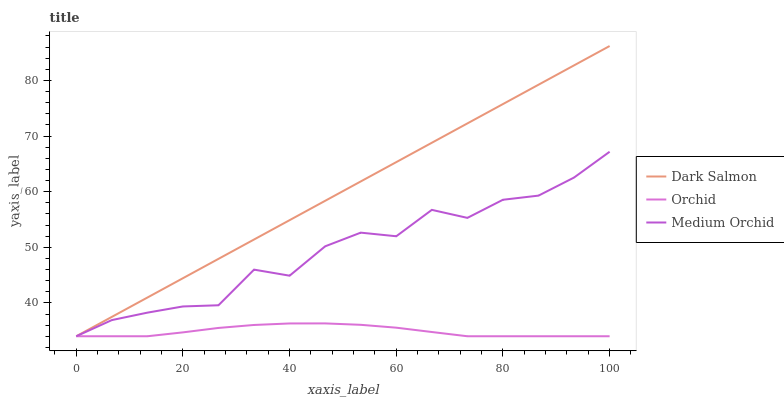
| xaxis_label | Dark Salmon | Orchid | Medium Orchid |
 | --- | --- | --- | --- |
 | 0 | 34 | 34 | 34 |
 | 6.67 | 37.5 | 34 | 36.9 |
 | 13.3 | 41 | 34 | 38.2 |
 | 20 | 44.4 | 34.7 | 39.4 |
 | 26.7 | 47.9 | 35.5 | 39.6 |
 | 33.3 | 51.4 | 36 | 46 |
 | 40 | 54.9 | 36.3 | 44.9 |
 | 46.7 | 58.3 | 36.3 | 50.2 |
 | 53.3 | 61.8 | 36.1 | 52.6 |
 | 60 | 65.3 | 35.5 | 52 |
 | 66.7 | 68.8 | 34.8 | 56.7 |
 | 73.3 | 72.3 | 34 | 55.3 |
 | 80 | 75.7 | 34 | 58.5 |
 | 86.7 | 79.2 | 34 | 59.3 |
 | 93.3 | 82.7 | 34 | 62.5 |
 | 100 | 86.2 | 34 | 67.2 |